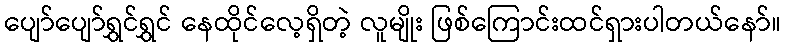
ပျော်ပျော်ရွှင်ရွှင် နေထိုင်လေ့ရှိတဲ့ လူမျိုး ဖြစ်ကြောင်းထင်ရှားပါတယ်နော်။